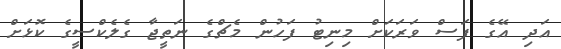
އަދި އޭގެ ފަސް ވަރަކަށް މިނިޓު ފަހުން މެޗްގެ ނަތީޖާ ގެލެކްސީގެ ކޮޅަށް